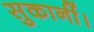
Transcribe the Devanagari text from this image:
सुकानीं।